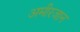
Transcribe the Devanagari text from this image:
अमीरजान